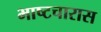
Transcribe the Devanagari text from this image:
भाष्टचारास